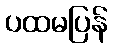
ပထမပြန်